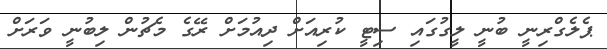
ޕެލެގްރިނީ ބުނީ ލީގުގައި ސިޓީ ކުރިއަށް ދިއުމަށް ރޭގެ މެޗުން ލިބުނީ ވަރަށް